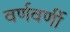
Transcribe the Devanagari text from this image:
वर्णवर्णी